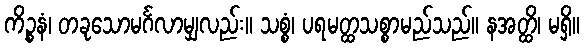
ကိဉ္စနံ၊ တခုသောမင်္ဂလာမျှလည်း။ သစ္စံ၊ ပရမတ္ထသစ္စာမည်သည်။ နအတ္ထိ၊ မရှိ။